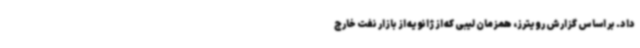
داد. بر اساس گزارش رویترز، همزمان لیبی که از ژانویه از بازار نفت خارج